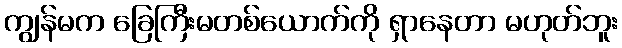
ကျွန်မက ခြေကြီးမတစ်ယောက်ကို ရှာနေတာ မဟုတ်ဘူး